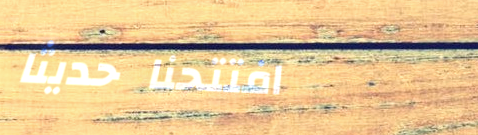
افتتحنا حديثاً